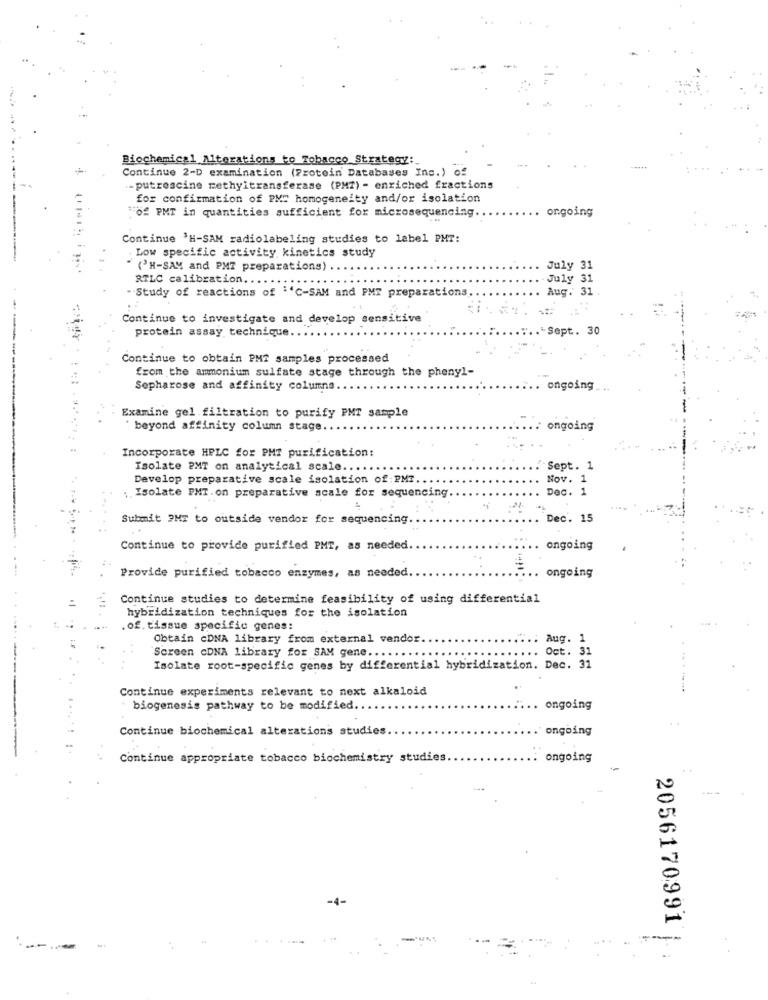
Biochemical Alterations to Tobacco Strategy :_
Continue 2-D examination (Protein' Databases Inc.) of
- putrescine methyitransferase (PMI) - enriched fractions
for confirmation of PM" homogeneity and/or isolation
:02 PMT in quantities sufficient for microsequencing.
ongoing
Continue 'H-SAM radiolabeling studies to label PMT:
. Low specific activity kinetics study
"(PH-SAM and PMT preparations)
July 31
RTLC calibration ....
July 31
Aug. 31
- Study of reactions of ""C-SAM and PMT preparations
Continue to investigate and develop sensitive
protein assay technique.
-Sept. 30
Continue to obtain PMT samples processed
from the ammonium sulfate stage through the phenyl-
Sepharose and affinity columns.
ongoing
Examine gel filtration to purify PMT sample
beyond affinity column stage.
ongoing
Incorporate HPLC for PHI purification:
Isolate PMT on analytical scale .....
Sept. 1
Develop preparative scale isolation of:PMT
Nov. 1
;, Isolate PMT. on preparative scale for sequencing.
Dec. 1
Submit ?HE to outside vendor for sequencing.
Dec. 15
Continue to provide purified PMT, as needed.
ongoing
Provide purified tobacco enzymes, as needed.
ongoing
Continue studies to determine feasibility of using differential
hybridization techniques for the isolation
. of. tissue specific genes:
Obtain cDNA library from external vendor.
Aug. 1
Screen CDNA library for SAM gene ...
Oct. 31
Isolate root-specific genes by differential hybridization. Dec. 31
Continue experiments relevant to next alkaloid
biogenesis pathway to be modified.
ongoing
Continue biochemical alterations studies
ongoing
Continue appropriate tobacco biochemistry studies.
ongoing
..
-4-
2056170991
--